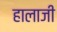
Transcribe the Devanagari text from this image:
हालाजी